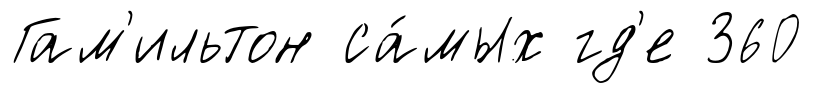
Гам'ильтон са́мых гд'е 360